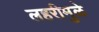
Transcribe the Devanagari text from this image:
लहरीमुळे